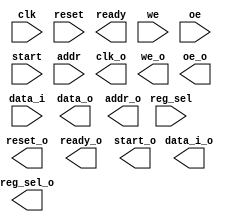
module exp2_rsa (
    clk,
    reset,
    ready,
    we,
    oe,
    start,
    reg_sel,
    addr,
    data_i,
    data_o, 
    // signals below are inputs of LA (for observation)
    clk_o, 
    reset_o,
    ready_o,
    we_o,
    oe_o,
    start_o,
    reg_sel_o,
    addr_o,
    data_i_o
);

//==== parameter definition ===============================

    
//==== in/out declaration ==================================
    //-------- input ---------------------------
    input clk;
    input reset;
    input we;
    input oe;
    input start;
    input [1:0] reg_sel;
    input [4:0] addr;
    input [7:0] data_i;
    
    //-------- output --------------------------------------
    output ready;
    output [7:0] data_o;
    // signals below are inputs of LA (for observation)
    output clk_o;
    output reset_o;
    output ready_o;
    output we_o;
    output oe_o;
    output start_o;
    output [1:0] reg_sel_o;
    output [4:0] addr_o;
    output [7:0] data_i_o;

//==== reg/wire declaration ================================
 
    
//==== combinational part ==================================
  
    
//==== sequential part =====================================  
 
endmodule